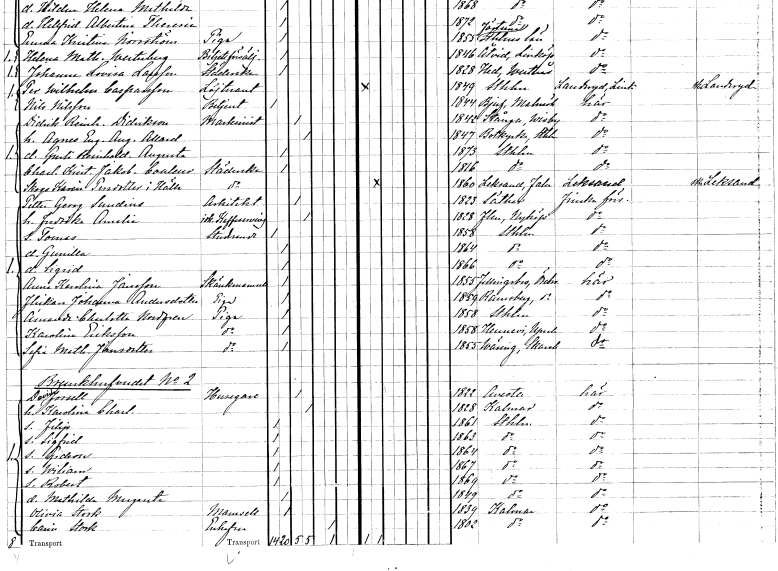
gt_parse: households: individuals: FN: Didrik Reinhold
EN: Didrikson
YRKE: Maskinist
KON: M
CIV: G
FODAR: 1842
FODFORS: Stånga Gotlands län
FN: Agnes Eugenia Augusta
EN: Allard
YRKE: Maskinist
KON: K
CIV: G
FODAR: 1847
FODFORS: Botkyrka Stockholms län
FN: Gurli Reinholdina Augusta
KON: K
CIV: O
FODAR: 1873
FODFORS: Stockholm
FN: Charlotta Kristina Jakobina
EN: Carlsson
YRKE: Städerska
KON: K
CIV: O
FODAR: 1816
FODFORS: Stockholm
FN: Skogs Karin
EN: Persdotter i Hälla
YRKE: Städerska
KON: K
CIV: O
FODAR: 1860
FODFORS: Leksand Kopparbergs län
FN: Petter Georg
EN: Sundins
YRKE: Arkitekt
KON: M
CIV: G
FODAR: 1823
FODFORS: Säter Kopparbergs län
FN: Fredrika Amalia
YRKE: Kaféidkerska
KON: K
CIV: G
FODAR: 1828
FODFORS: Flen Södermanlands län
FN: Tomas
YRKE: Studerande
KON: M
CIV: O
FODAR: 1858
FODFORS: Stockholm
FN: Gunilla
KON: K
CIV: O
FODAR: 1864
FODFORS: Stockholm
FN: Sigrid
KON: K
CIV: O
FODAR: 1866
FODFORS: Stockholm
FN: Anna Karolina
EN: Jansson
YRKE: Skänkmamsell
KON: K
CIV: O
FODAR: 1855
FODFORS: Fellingsbro Örebro län
FN: Johanna
EN: Andersdotter
YRKE: Piga
KON: K
CIV: O
FODAR: 1859
FODFORS: Ramsberg Örebro län
FN: Amanda Charlotta
EN: Nordgren
YRKE: Piga
KON: K
CIV: O
FODAR: 1858
FODFORS: Stockholm
FN: Karolina
EN: Eriksson
YRKE: Piga
KON: K
CIV: O
FODAR: 1858
FODFORS: Härnevi Uppsala län
FN: Sofia Mathilda
EN: Jansdotter
YRKE: Piga
KON: K
CIV: O
FODAR: 1855
FODFORS: Väring Skaraborgs län
FN: David
EN: Forsell
YRKE: Husägare
KON: M
CIV: G
FODAR: 1822
FODFORS: Avesta Kopparbergs län
FN: Karolina Charlotta
KON: K
CIV: G
FODAR: 1828
FODFORS: Kalmar Kalmar län
FN: Filip
KON: M
CIV: O
FODAR: 1861
FODFORS: Stockholm
FN: Sigfrid
KON: M
CIV: O
FODAR: 1863
FODFORS: Stockholm
FN: Gideon
KON: M
CIV: O
FODAR: 1864
FODFORS: Stockholm
FN: Wiliam
KON: M
CIV: O
FODAR: 1867
FODFORS: Stockholm
FN: Robert
KON: M
CIV: O
FODAR: 1869
FODFORS: Stockholm
FN: Mathilda Margareta
KON: K
CIV: O
FODAR: 1849
FODFORS: Stockholm
FN: Olivia
EN: Stork
KON: K
CIV: O
FODAR: 1839
FODFORS: Kalmar Kalmar län
FN: Carin
EN: Stork
KON: K
CIV: E
FODAR: 1802
FODFORS: Kalmar Kalmar län